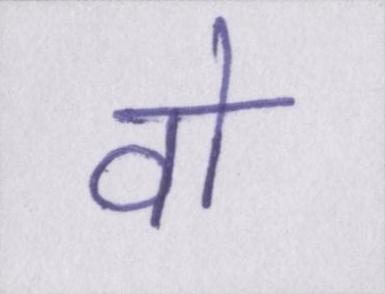
वो